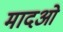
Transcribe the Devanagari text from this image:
मादओं